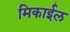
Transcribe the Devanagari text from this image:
मिकाईल